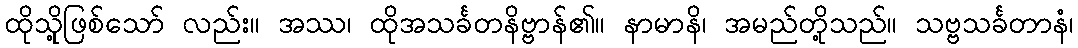
ထိုသိုု့ဖြစ်သော် လည်း။ အဿ၊ ထိုအသင်္ခတနိဗ္ဗာန်၏။ နာမာနိ၊ အမည်တို့သည်။ သဗ္ဗသင်္ခတာနံ၊